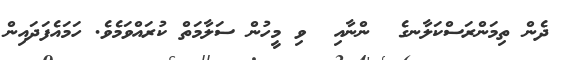
ދެން ތިމަންރަސްކަލާނގެ  ންނާއި  ވި މީހުން ސަލާމަތް ކުރައްވަމެވެ. ހަމައެފަދައިން